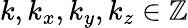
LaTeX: k,k_{x},k_{y},k_{z}\in\mathbb{Z}